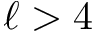
\ell > 4